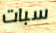
سبات